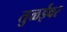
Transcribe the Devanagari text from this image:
तुळईवर